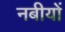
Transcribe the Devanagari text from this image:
नबीयों